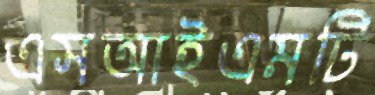
এসআইএমটি